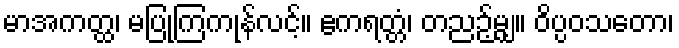
မာအကတ္ထ၊ မပြုကြကုန်လင့်။ ဧကရတ္တံ၊ တညဉ့်မျှ။ ဝိပ္ပဝသတော၊